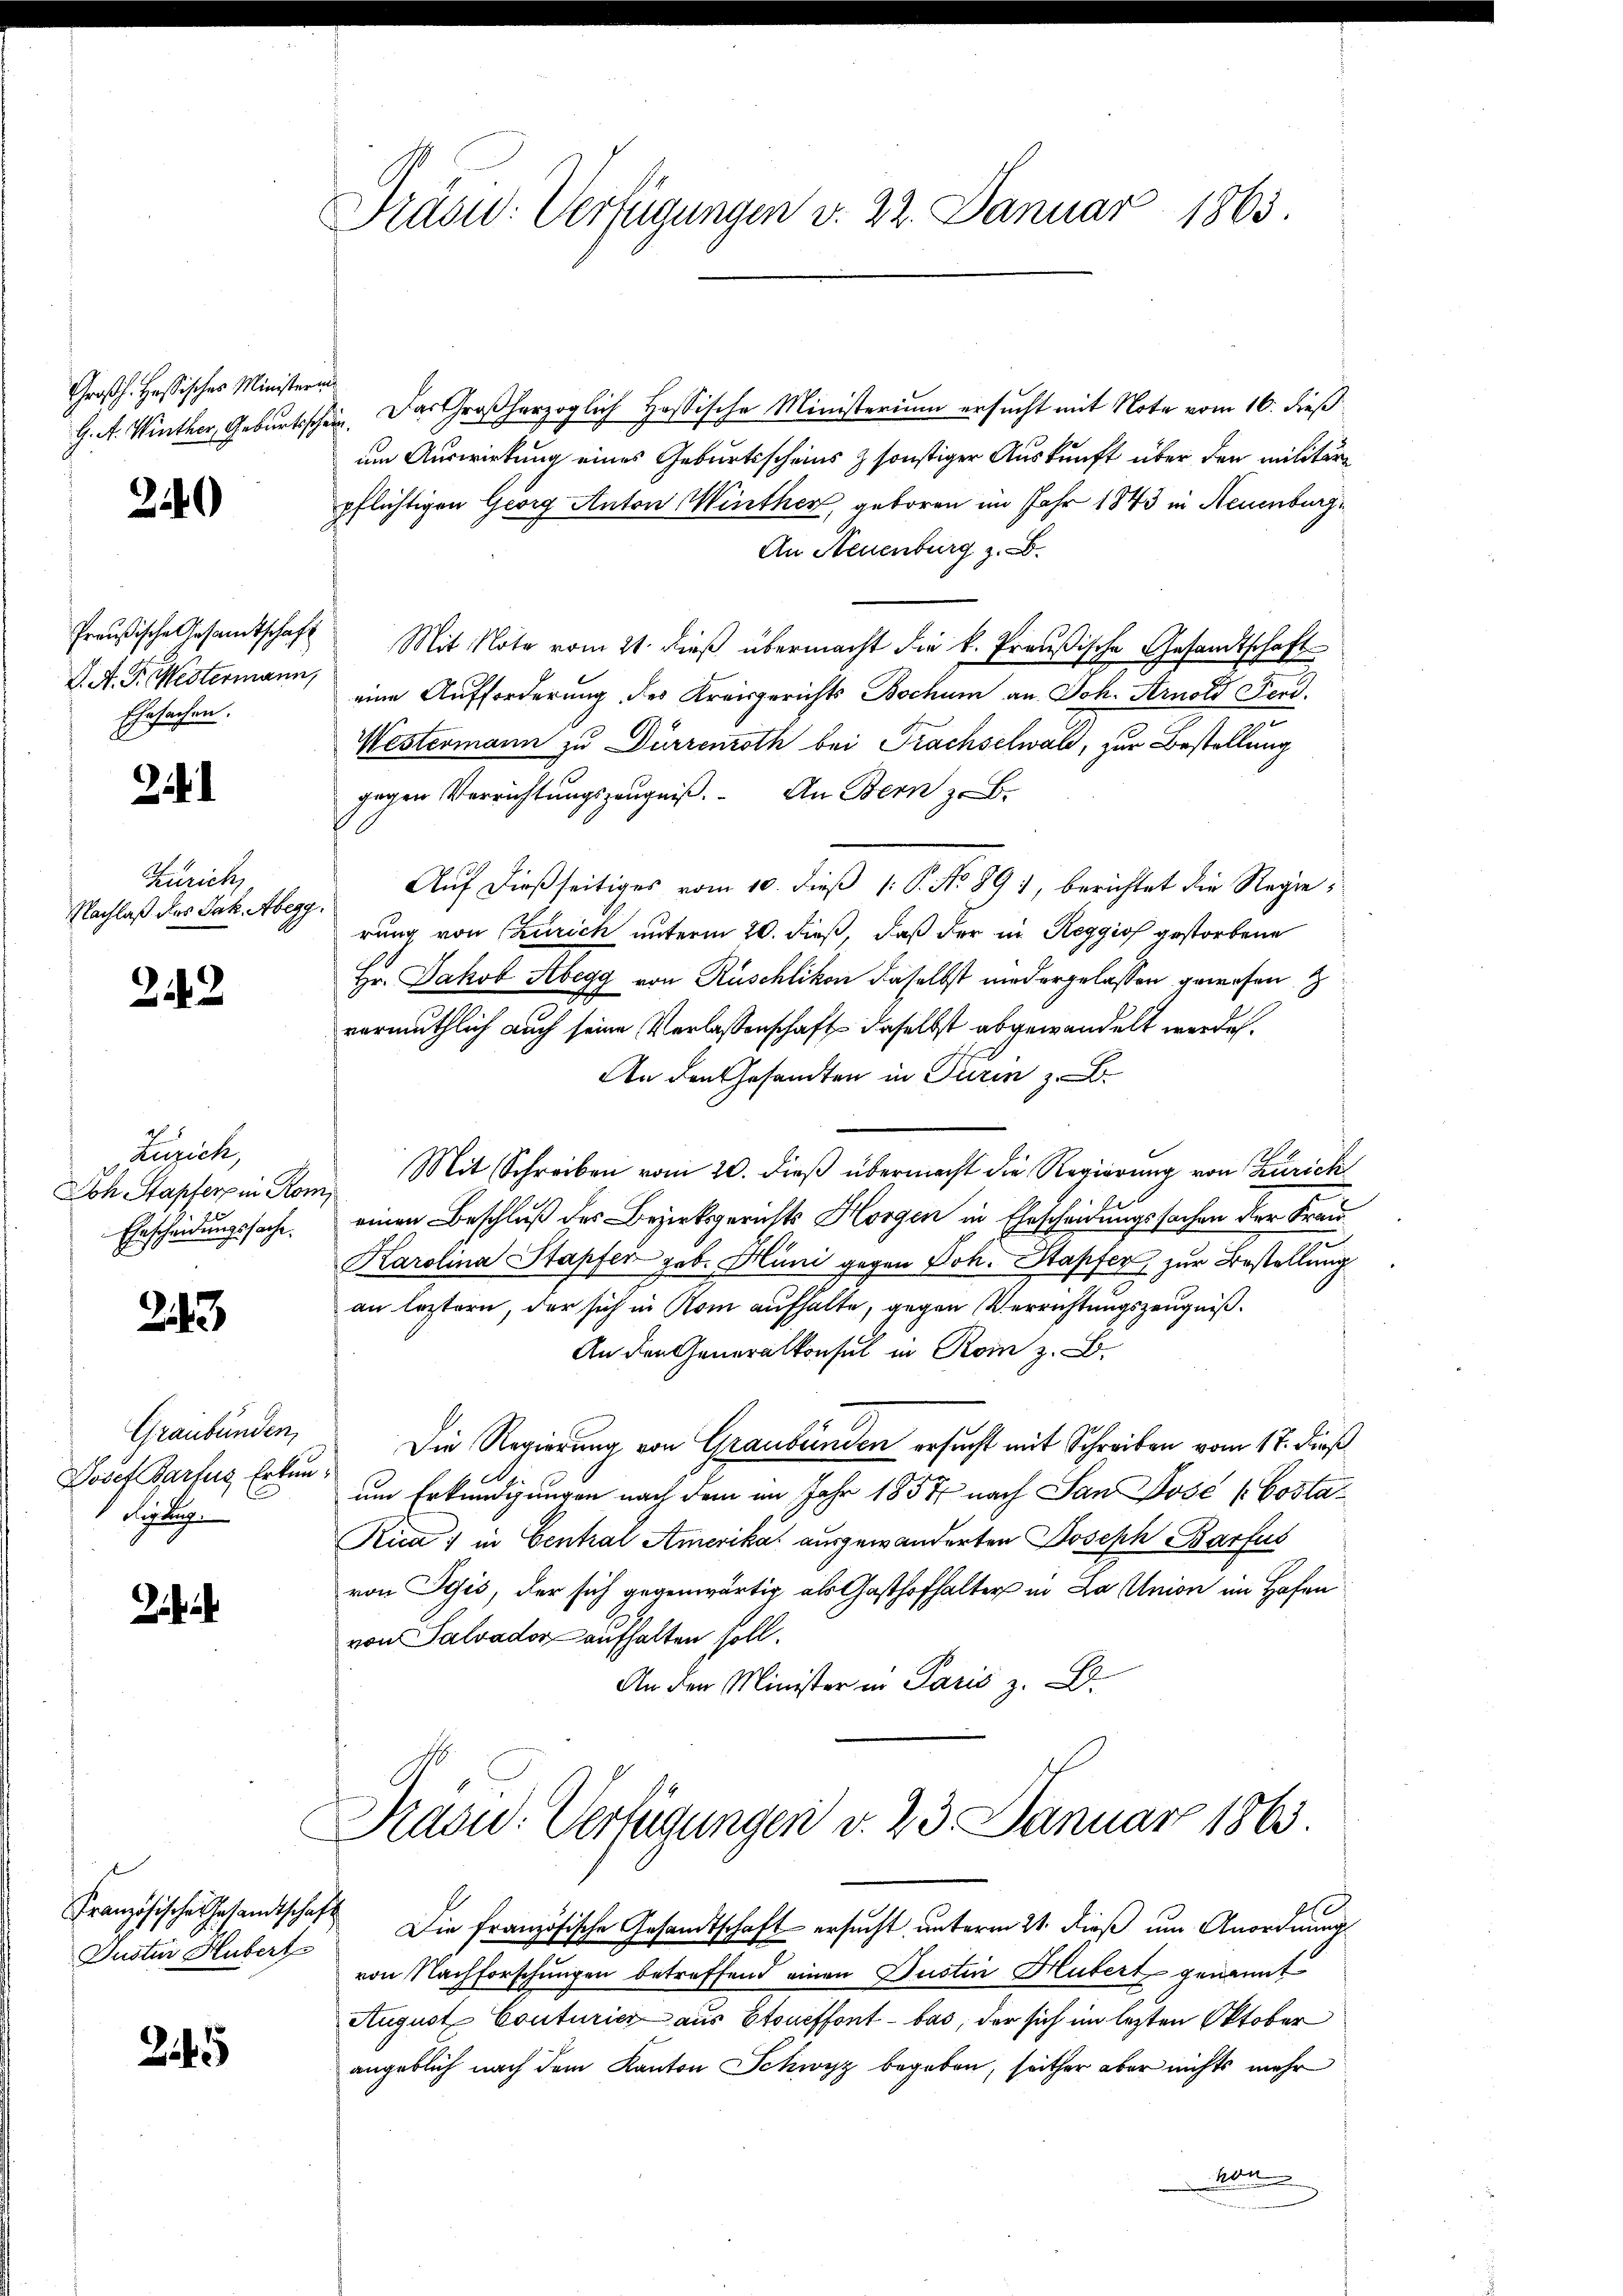
Großh. Hassisches Minister
G. A. Winther, Geburts

20)

Preußische Gesandtschaft
V. A. G. Westermann,
Ehesachen.

2

Zürich,
Nachlaß das Jak. Abegg

212

Zürich,
Joh Stapferpin Kon
Ehrscheidungssache.

23

Graubünden,
Josef Barfes Erkun
Sistig

a

Justin Hubert

245

Präsid. Verfügungen v. 22. Januar 1863.

i
sein. Das Großherzoglich Hassische Ministerium ersucht mit Note vom 16. dieß
um Auswirkung eines Geburtsscheins & sonstiger Auskunft über den militär
pflichtigen Georg Anton inther, geboren im Jahr 1843 in Neuenburg
An Neuenburg z.
Mit Note vom 21. dieß übermacht die k. Preußische Gesandtschaft
eine Aufforderung des Kreisgerichts Bochum an Joh. Arnold Ferd.
Westermann zu Dürrenoth bei Frachselwald, zur Bestellung
gegen Verrichtungszeugniß. An Bern z. B.
Auf dießseitiges vom 10. dieß 1 S. No 891, berichtet die Regierung von Czurich unterm 20. dieß, daß der in Reggio gestorbene
Hr. Jakob Abegg von Rüschlikon daselbst niedergelassen gewesen z
vermuthlich auch seine Verlassenschaft daselbst abgewandelt werde.
An den Gesandten in Turin z. B.
Mit Schreiben vom 20. dieß übermacht die Regierung von Zürich
2
einen Beschluß des Bezirksgerichts Horgen in Ehescheidungssachen der Frau¬
Karolina Stapfer geb. Hüni gegen Joh. Stapfer zur Bestellung
an leztern, der sich in Rom aufhalte, gegen Verrichtungszeugniß.
An den Generalkonsul in Rom z. B.
Die Regierung von Graubünden ersucht mit Schreiben vom 17. dieß
um Erkundigungen nach dem im Jahr 1857 nach San Dose (Costa¬
Rica in Central Amerika ausgewanderten Joseph Barfus
von Egis, der sich gegenwärtig als Gasthofhalter in La Union im Hofen
von Salvador aufhalten soll.
An den Minister in Paris z. B.
Drasw. Verfügungen d. 23. Januar 1863.
Französische Gesandtschaft Die französische Gesandtschaft ersucht unterm 21. dieß um Anordnung
von Nachforschungen betreffend einen Justin Hubert genannt
August Conturier aus Stoneffont - bas, der sich im letzten Oktober
angeblich nach dem Kanton Schwyz begeben, seither aber nichts mehr
Klett